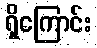
ရှိကြောင်း